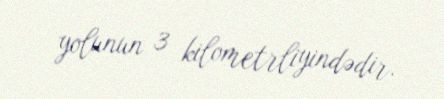
yolunun 3 kilometrliyindədir.